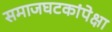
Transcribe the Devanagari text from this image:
समाजघटकांपेक्षा